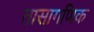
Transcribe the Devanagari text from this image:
तासागणिक